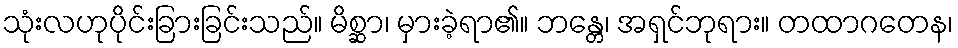
သုံးလဟုပိုင်းခြားခြင်းသည်။ မိစ္ဆာ၊ မှားခဲ့ရာ၏။ ဘန္တေ၊ အရှင်ဘုရား။ တထာဂတေန၊